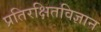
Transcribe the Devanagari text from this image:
प्रतिरक्षितविज्ञान